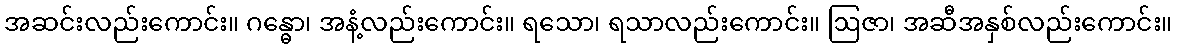
အဆင်းလည်းကောင်း။ ဂန္ဓော၊ အနံ့လည်းကောင်း။ ရသော၊ ရသာလည်းကောင်း။ ဩဇာ၊ အဆီအနှစ်လည်းကောင်း။